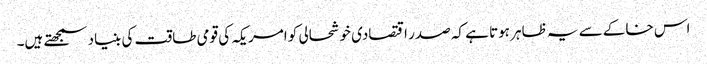
اس خاکے سے یہ ظاہر ہوتا ہے کہ صدر اقتصادی خوشحالی کو امریکہ کی قومی طاقت کی بنیاد سمجھتے ہیں۔